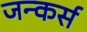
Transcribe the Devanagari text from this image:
जन्कर्स